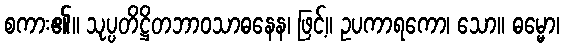
စကား၏။ သုပ္ပတိဋ္ဌိတဘာဝသာဓနေန၊ ဖြင့်။ ဥပကာရကော၊ သော။ ဓမ္မော၊